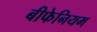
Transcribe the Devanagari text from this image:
बीफेनियम